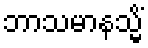
ဘာသမာနသ္မိံ